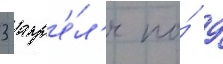
3 апр'е́л'я по́ 9